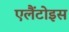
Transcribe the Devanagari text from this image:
एलैंटोइस